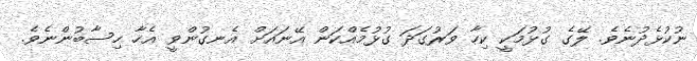
ނުކުޅެދުނެވެ. ލޭގެ ގުޅުމަކީ ކިހާ ވަރުގަދަ ގުޅުމެއްކަން އޭނައަށް އެނގުންވީ އެހާ ހިސާބުންނެވެ.